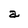
Character: a